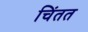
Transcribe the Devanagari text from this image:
चिंतत